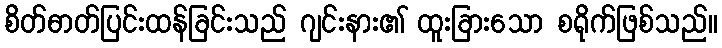
စိတ်ဓာတ်ပြင်းထန်ခြင်းသည် ဂျင်းနား၏ ထူးခြားသော စရိုက်ဖြစ်သည်။